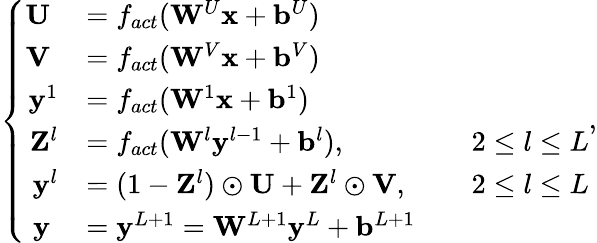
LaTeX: \left\{ \begin{array}{rlrl}{\mathbf{U}\; }&{=f_{act}(\mathbf{W}^{U}\mathbf{x}+\mathbf{b}^{U})}&&{}\\ {\mathbf{V}\; }&{=f_{act}(\mathbf{W}^{V}\mathbf{x}+\mathbf{b}^{V})}&&{}\\ {\mathbf{y}^{1}}&{=f_{act}(\mathbf{W}^{1}\mathbf{x}+\mathbf{b}^{1})}&&{}\\ {\mathbf{Z}^{l}}&{=f_{act}(\mathbf{W}^{l}\mathbf{y}^{l-1}+\mathbf{b}^{l}),}&&{2\le l\le L}\\ {\mathbf{y}^{l}}&{=(1-\mathbf{Z}^{l})\odot\mathbf{U}+\mathbf{Z}^{l}\odot\mathbf{V},}&&{2\le l\le L}\\ {\mathbf{y}\; }&{=\mathbf{y}^{L+1}=\mathbf{W}^{L+1}\mathbf{y}^{L}+\mathbf{b}^{L+1}}&&{}\end{array}\right.,